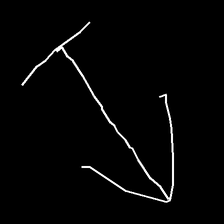
Glyph: levitation